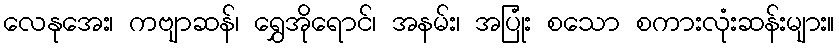
လေနုအေး၊ ကဗျာဆန်၊ ရွှေအိုရောင်၊ အနမ်း၊ အပြုံး စသော စကားလုံးဆန်းများ။